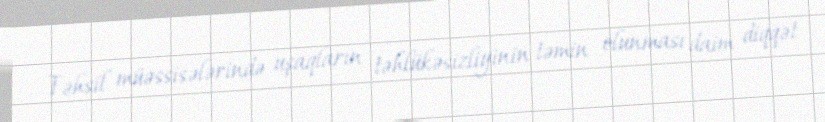
Təhsil müəssisələrində uşaqların təhlükəsizliyinin təmin olunması daim diqqət